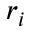
r _ { i }